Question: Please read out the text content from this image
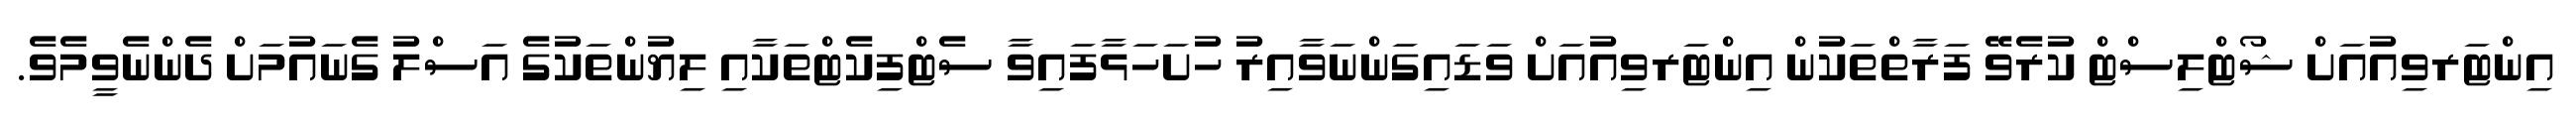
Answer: އިންޓަރވިއުއަށް ޝޯޓްލިސްޓް ކުރެވޭ ފަރާތްތަކުން އިންޓަރވިއުއަށް ވަޑައިގަންނަވާއިރު ހުށަހަޅާފައިވާ ސެޓްފިކެޓްތަކާއި ލިޔުންތަކުގެ އަސްލު ގެނައުމަށް ދެންނެވީމެވެ.